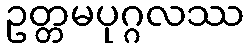
ဥတ္တမပုဂ္ဂလဿ